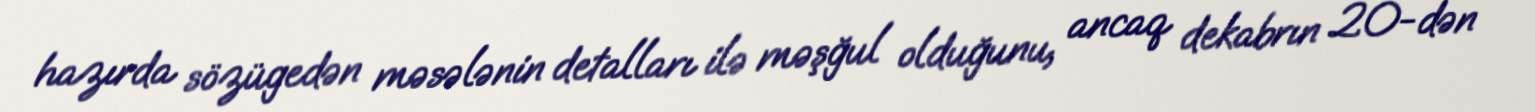
hazırda sözügedən məsələnin detalları ilə məşğul olduğunu, ancaq dekabrın 20-dən